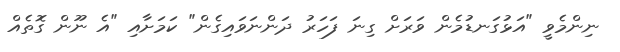
ނިންމެވީ "އަޅުގަނޑުމެން ވަރަށް ގިނަ ފަހަރު ދަންނަވައިގެން" ކަމަށާއި "އެ ނޫން ގޮތެއް